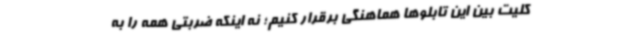
کلیت بین این تابلوها هماهنگی برقرار کنیم؛ نه اینکه ضربتی همه را به